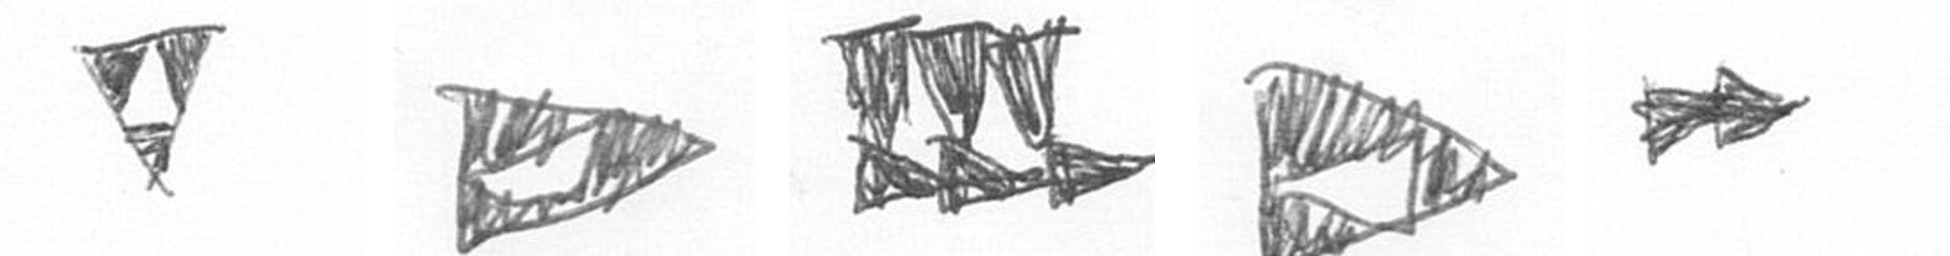
S K D K A